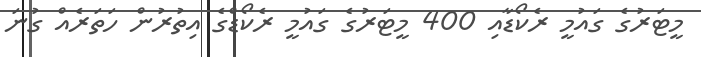
މީޓަރުގެ ގައުމީ ރެކޯޑާއި 400 މީޓަރުގެ ގައުމީ ރެކޯޑްގެ އިތުރުން ހަތަރެއް ގުނަ